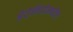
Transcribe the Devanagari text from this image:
अँटोनियोमधील